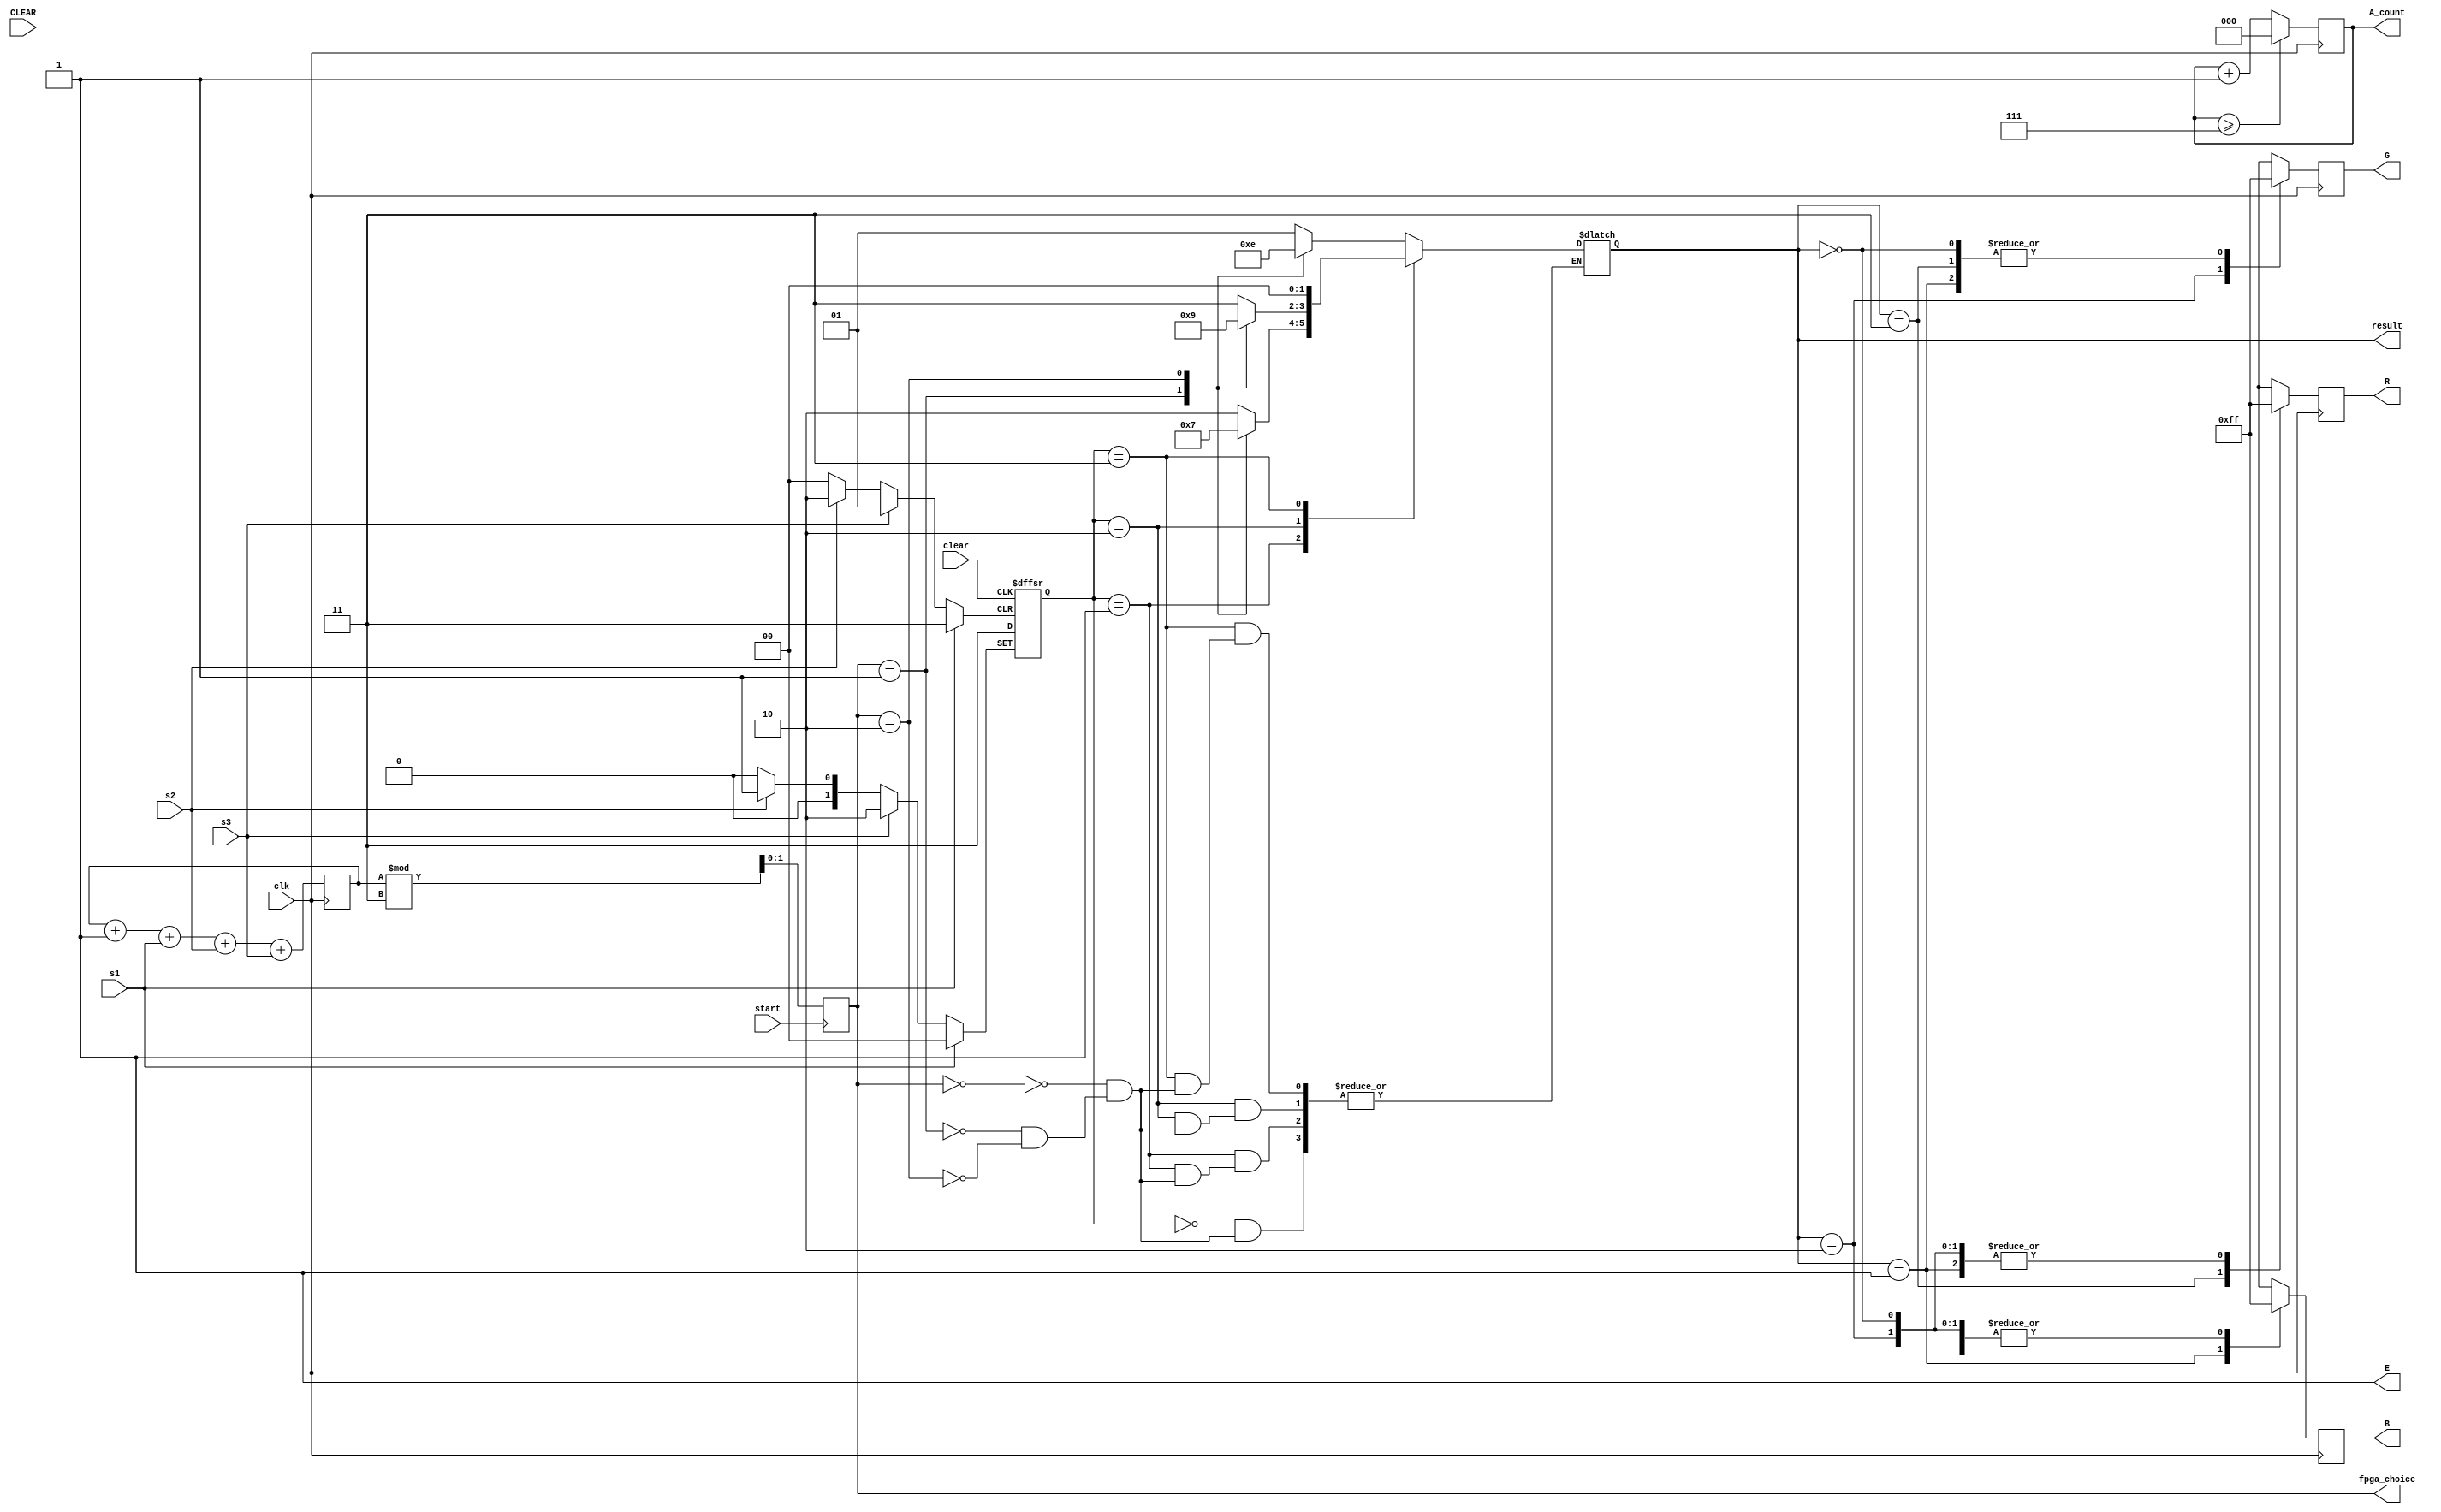
module led (
  input  start,clk,
  input  s1,s2,s3,clear,
  output reg [1:0]fpga_choice,
  output reg [1:0] result,
  output reg [2:0] A_count,
  input  CLEAR,
  output E,
  output reg [7:0]R,G,B
);
	divfreq F0(CLK, CLK_div);
	assign E=1'b1;
	
reg [7:0]random; //random
always@(posedge clk)
begin
 if(random>=231)random<=0;
 random<=random+1+s1+s2+s3;
end

parameter S0 = 2'b01, S1 = 2'b11, S2 = 2'b10,S3 = 2'b00;//,FPGA,,
parameter U0 = 2'b00, U1 = 2'b01, U2 = 2'b10,U3 = 2'b11;// , , ,
reg [1:0] user;
always @ (posedge start) begin
   if (start==1) begin  
  fpga_choice= random % 3;
   end
end
always @ (posedge s1,posedge s2,posedge s3,posedge clear) begin
    if(s1==1)
   user <=U0;
    else if(s2==1)begin
   user <=U1;
    end
    else if(s3==1)begin
   user <=U2;
    end 
	 else if(clear==1)begin 
	user <=U3;
	 end
end
always @(user)begin
   case (user)
      U0: begin
         case (fpga_choice)
          0: result <= S0; // draw
          1: result <= S1; // fpga wins
          2: result <= S2; // user wins
          endcase
      end
      U1: begin
         case (fpga_choice)
          0: result =S2; // user wins
          1: result =S0; // draw
          2: result =S1; // fpga wins
          endcase
      end
      U2: begin
         case (fpga_choice)
          0: result =S1; // fpga wins
          1: result =S2; // user wins
          2: result =S0; // draw
          endcase
      end
		U3: begin
		   case(fpga_choice)
			0: result =S3;
			1: result =S3;
			2: result =S3;
			endcase
		end
   endcase
end	

always @ (posedge clk)
begin
	if(A_count >= 3'b111)
		A_count=3'b000;
	else
		A_count=A_count+1;
	case (result)
	S0:
	begin
		R=8'b11111111;
		G=8'b11111111;
		B=8'b00000000;
	end
	S1:
	begin
		R=8'b00000000;
		G=8'b11111111;
		B=8'b11111111;
	end
	S2:
	begin
		R=8'b11111111;
		G=8'b00000000;
		B=8'b11111111;
	end
	S3:
	begin
		R=8'b11111111;
		G=8'b11111111;
		B=8'b11111111;
	end
	endcase
end
endmodule
module divfreq(input CLK, output reg CLK_div);
	reg [24:0] Count;
	always @(posedge CLK)
		begin
		 if(Count > 25000000)
			begin
			 Count <= 25'b0;
			 CLK_div <= ~CLK_div;
			end
		 else
			 Count <= Count + 1'b1;
	end
endmodule